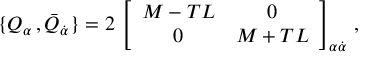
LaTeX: \{ Q _ { \alpha } \, , \bar { Q } _ { \dot { \alpha } } \} = 2 \, \left[ \begin{array} { c c } { { M - T L } } & { { 0 } } \\ { { 0 } } & { { M + T L } } \end{array} \right] _ { \alpha \dot { \alpha } } \, ,